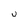
Character: U